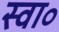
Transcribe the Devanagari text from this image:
स्वा॰